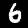
Digit: 6